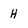
Character: H